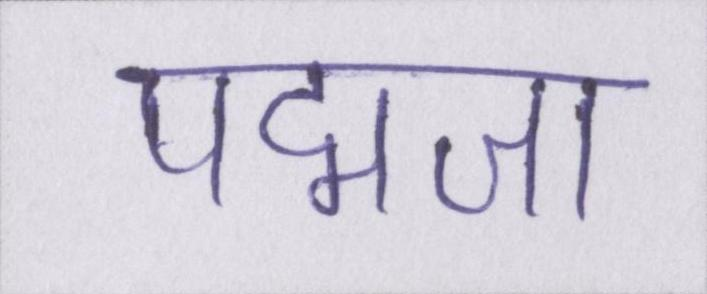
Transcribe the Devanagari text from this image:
पद्मजा